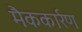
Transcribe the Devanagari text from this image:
मैककार्रण